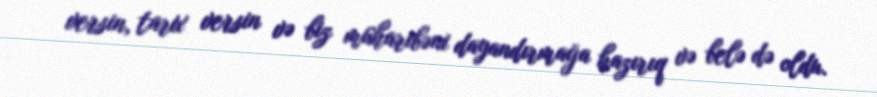
versin, tarix versin və biz müharibəni dayandırmağa hazırıq və belə də oldu.